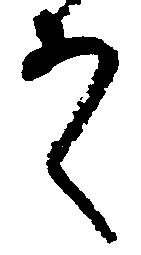
そ